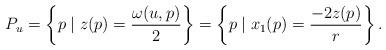
LaTeX: \begin{align*} P_u =\left\{p \mid z(p)=\frac{\omega(u,p)}{2}\right\} =\left\{p \mid x_1(p)= \frac{-2 z(p)}{r}\right\}.\end{align*}